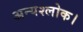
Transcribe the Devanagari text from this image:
अन्यश्लोक।